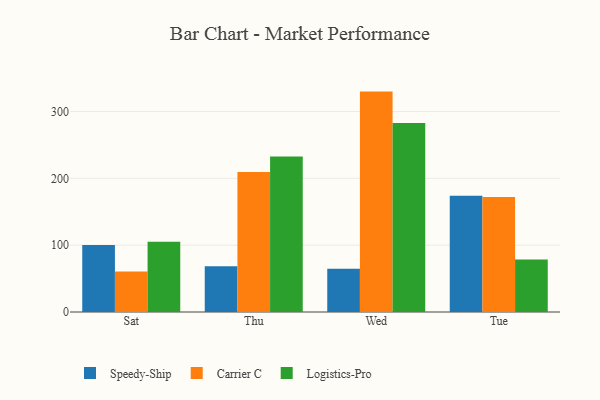
{"axis": {"x": "Day", "y": "Operating Costs (USD K)"}, "legend": ["Carrier C", "Logistics-Pro", "Speedy-Ship"], "data": [{"x": "Sat", "y": 100.3, "type": "Speedy-Ship"}, {"x": "Sat", "y": 60.6, "type": "Carrier C"}, {"x": "Sat", "y": 105.2, "type": "Logistics-Pro"}, {"x": "Thu", "y": 68.6, "type": "Speedy-Ship"}, {"x": "Thu", "y": 209.4, "type": "Carrier C"}, {"x": "Thu", "y": 232.6, "type": "Logistics-Pro"}, {"x": "Wed", "y": 64.7, "type": "Speedy-Ship"}, {"x": "Wed", "y": 329.8, "type": "Carrier C"}, {"x": "Wed", "y": 283.0, "type": "Logistics-Pro"}, {"x": "Tue", "y": 173.8, "type": "Speedy-Ship"}, {"x": "Tue", "y": 171.9, "type": "Carrier C"}, {"x": "Tue", "y": 78.5, "type": "Logistics-Pro"}]}